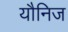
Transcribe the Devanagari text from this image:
यौनिज